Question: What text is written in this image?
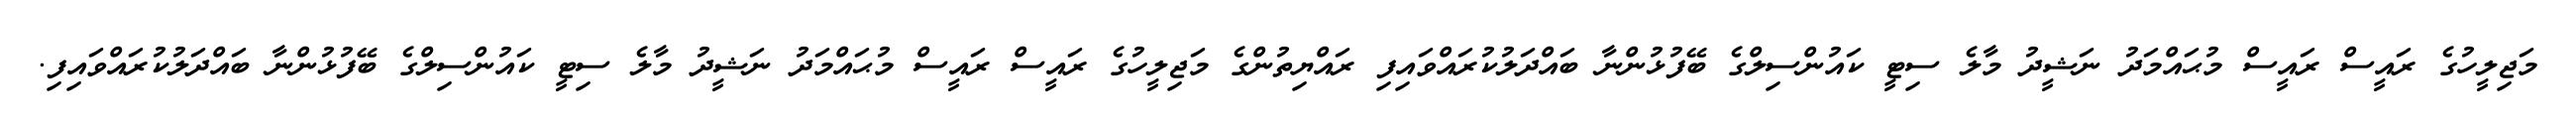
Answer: މަޖިލީހުގެ ރައީސް ރައީސް މުޙައްމަދު ނަޝީދު މާލެ ސިޓީ ކައުންސިލްގެ ބޭފުޅުންނާ ބައްދަލުކުރައްވައިފި ރައްޔިތުންގެ މަޖިލީހުގެ ރައީސް ރައީސް މުޙައްމަދު ނަޝީދު މާލެ ސިޓީ ކައުންސިލްގެ ބޭފުޅުންނާ ބައްދަލުކުރައްވައިފި.